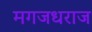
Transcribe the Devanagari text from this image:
मगजधराज